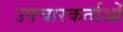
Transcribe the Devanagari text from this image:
उपचारकर्ताओं